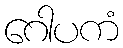
ဂေါပကံ